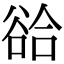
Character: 𧮵